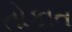
તોકાત